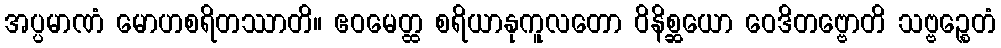
အပ္ပမာဏံ မောဟစရိတဿာတိ။ ဧဝမေတ္ထ စရိယာနုကူလတော ဝိနိစ္ဆယော ဝေဒိတဗ္ဗောတိ သဗ္ဗဉ္စေတံ